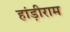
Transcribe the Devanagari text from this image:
हांड़ीराम